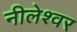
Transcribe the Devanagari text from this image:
नीलेश्‍वर